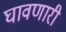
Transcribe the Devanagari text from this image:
घावणारी